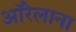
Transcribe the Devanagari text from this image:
ऑरेलाना